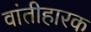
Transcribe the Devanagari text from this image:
वांतीहारक